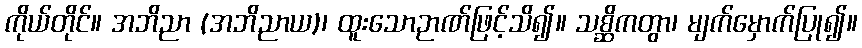
ကိုယ်တိုင်။ အဘိညာ (အဘိညာယ)၊ ထူးသောဉာဏ်ဖြင့်သိ၍။ သစ္ဆိကတွာ၊ မျက်မှောက်ပြု၍။